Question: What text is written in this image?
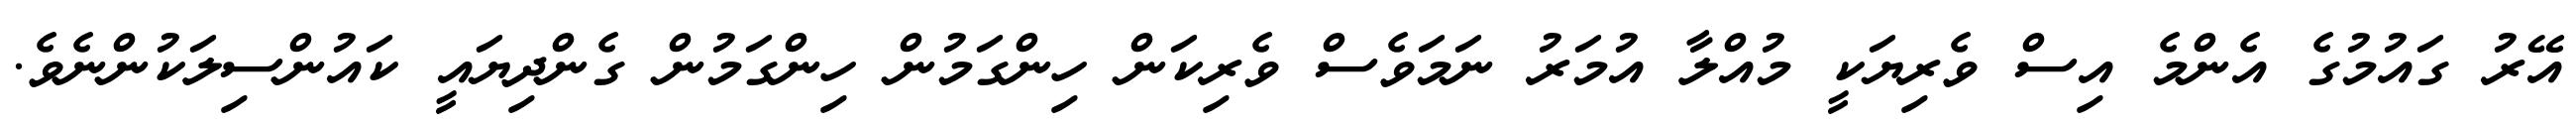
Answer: އޭރު ގައުމުގެ އެންމެ އިސް ވެރިޔަކީ މުއްލާ އުމަރު ނަމަވެސް ވެރިކަން ހިންގަމުން ހިންގަމުން ގެންދިޔައީ ކައުންސިލަކުންނެވެ.